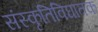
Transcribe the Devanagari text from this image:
संस्कृतिविघातक